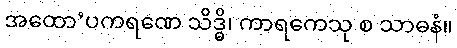
အထော’ပကရဏေ သိဒ္ဓိ၊ ကာရကေသု စ သာဓနံ။